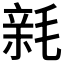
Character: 𣮭